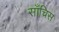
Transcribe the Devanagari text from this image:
साँचिस